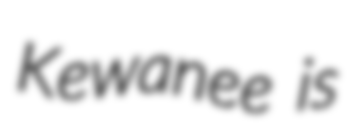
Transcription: Kewanee is